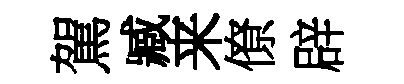
駕臧来僚辟